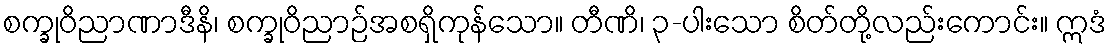
စက္ခုဝိညာဏာဒီနိ၊ စက္ခုဝိညာဉ်အစရှိကုန်သော။ တီဏိ၊ ၃-ပါးသော စိတ်တို့လည်းကောင်း။ ဣဒံ